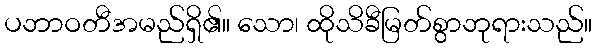
ပဘာဝတီအမည်ရှိ၏။ သော၊ ထိုသိခီမြတ်စွာဘုရားသည်။